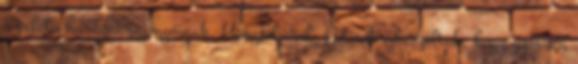
a pilóta hűséges rajongóinak. Hangfelvétel: Áderék odaszóltak, hogy gyorsan